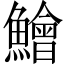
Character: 鱠